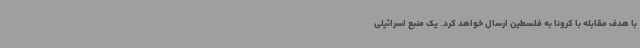
با هدف مقابله با کرونا به فلسطین ارسال خواهد کرد. یک منبع اسرائیلی